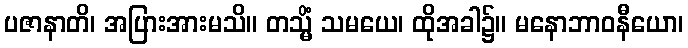
ပဇာနာတိ၊ အပြားအားမသိ။ တသ္မိံ သမယေ၊ ထိုအခါ၌။ မနောဘာဝနီယော၊